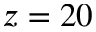
z = 2 0